Report on the lunatic asylums under the Government of Bombay - 1904-1913
Year: 1904
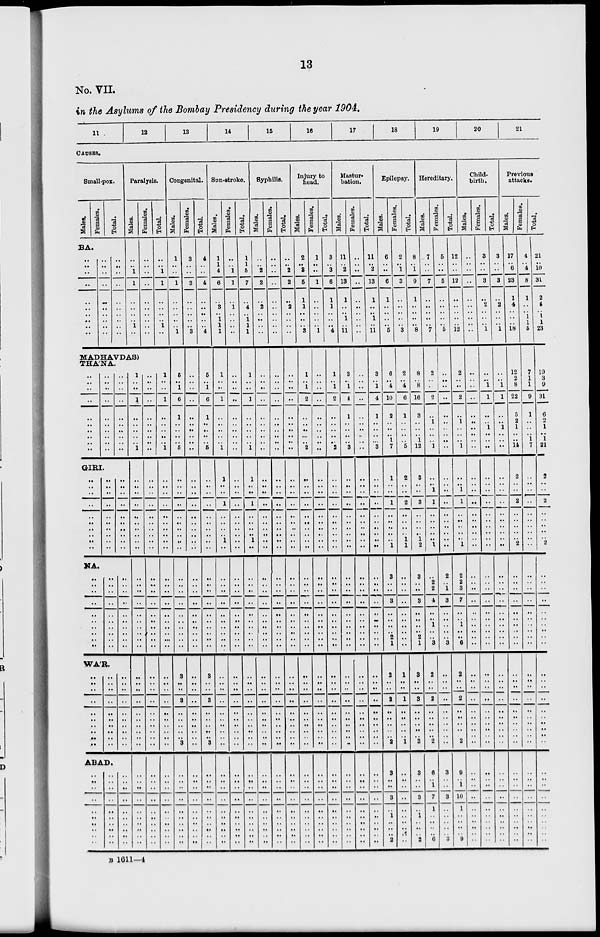
13
No. VII.
in the Asylums of the Bombay Presidency during the year 1904.
11
12
13
14
15
16
17
18
19
20
21
CAUSES.
Small-pox.
Males.
Females.
Total.
BA.
..
..
..
..
..
..
..
..
..
..
..
..
..
..
..
..
..
..
..
..
..
..
..
..
..
..
..
..
..
..
Paralysis.
Males.
..
..
1
1
..
..
..
..
1
..
Females.
..
..
..
..
..
..
..
..
..
..
Total.
..
..
1
1
..
..
..
..
1
..
MADHAVDAS)
THA'NA.
..
..
..
..
..
..
..
..
.. ..
..
..
..
..
..
..
..
..
..
..
..
..
..
..
..
..
..
..
..
..
GIRI.
..
..
..
..
..
..
..
..
..
..
..
..
..
..
..
..
..
..
..
..
..
..
..
..
..
..
..
..
..
..
NA.
..
..
..
..
..
..
..
..
..
..
..
..
..
..
..
..
..
..
..
..
..
..
..
..
..
..
..
..
..
..
WA'R.
..
..
..
..
..
..
..
..
..
...
..
..
..
..
..
..
..
..
..
...
..
..
..
..
..
..
..
..
..
..
ABAD.
..
..
..
..
..
..
..
..
..
..
..
..
..
..
..
..
..
..
..
..
..
..
..
..
..
..
..
..
..
..
1
..
..
1
..
..
..
..
.. 1
..
..
..
..
..
..
..
..
..
..
..
..
..
..
..
..
..
..
..
..
..
..
..
..
..
..
..
..
..
..
..
..
..
..
..
..
..
..
..
..
..
..
..
..
..
..
..
..
..
..
..
..
..
..
. .
..
. .
. .
..
..
..
. .
. .
. .
..
..
. .
..
..
..
. .
..
..
..
..
..
. .
..
..
. .
..
. .
..
..
..
. .
. .
..
..
..
1
..
..
1
..
..
..
..
.. 1
..
..
..
..
..
..
..
..
..
..
..
..
..
..
..
..
..
..
..
..
..
..
..
..
..
..
..
..
..
..
..
..
..
..
..
..
..
..
..
..
Congenital.
Males.
1
..
..
1
..
..
..
..
..
1
5
..
1
6
1
..
..
..
.. 5
..
..
..
..
..
..
..
..
..
..
..
..
..
..
..
..
..
..
..
..
3
..
..
3
..
..
..
..
..
3
..
..
..
..
..
..
..
..
..
..
Females.
3
..
..
3
..
..
..
..
..
3
..
..
..
..
..
..
..
..
.. ..
..
..
..
..
..
..
..
..
..
..
..
..
..
..
..
..
..
..
..
..
. .
..
..
..
..
..
..
..
..
..
..
..
..
..
..
..
..
..
..
..
Total.
4
..
..
4
..
..
..
..
..
4
5
..
1
6
1
..
..
..
.. 5
..
..
..
..
..
..
..
..
..
..
..
..
..
..
..
..
..
..
..
..
3
..
..
3
..
..
..
..
..
3
..
..
..
..
..
..
..
..
..
..
Sun-stroke.
Males.
1
1
4
6
..
3
..
1
1
1
1
..
..
1
..
..
..
..
.. 1
1
..
..
1
..
..
..
.. 1
..
..
..
..
..
..
..
..
..
..
..
..
..
..
..
..
..
..
..
..
..
..
..
..
..
..
..
..
..
..
..
Females.
..
..
1
1
..
1
..
..
..
..
..
..
..
. .
..
..
..
..
.. ..
..
..
..
..
..
..
..
.. ..
..
..
..
..
..
..
..
..
..
..
..
..
..
..
..
..
..
..
..
..
..
..
..
..
..
..
..
..
..
..
..
Total.
1
1
5
7
..
4
..
1
1
1
1
..
..
1
..
..
..
..
.. 1
1
..
..
1
..
..
..
.. 1
..
..
..
..
..
..
..
..
..
..
..
..
..
..
..
..
..
..
..
..
..
..
..
..
..
..
..
..
..
..
..
Syphilis.
Males.
..
..
2
2
..
2
..
..
..
..
..
..
..
..
..
..
..
..
..
..
..
..
..
..
..
..
..
..
..
..
..
..
..
..
..
..
..
..
..
..
..
..
..
..
..
..
..
..
..
..
..
..
..
..
..
..
..
..
..
..
Females.
..
..
..
..
..
..
..
..
..
..
..
..
..
..
..
..
..
..
..
..
..
..
..
..
..
..
..
..
..
..
..
..
..
..
..
..
..
..
..
..
..
..
..
..
..
..
..
..
..
..
..
..
..
..
..
..
..
..
..
..
Total.
..
..
2
2
..
2
..
..
..
..
..
..
..
..
..
..
..
..
..
..
..
..
..
..
..
..
..
..
..
..
..
..
..
..
..
..
..
..
..
..
..
..
..
..
..
..
..
..
..
..
..
..
..
..
..
..
..
..
..
..
Injury to
head.
Males.
2
..
3
5
1
1
..
..
..
3
1
..
1
2
..
..
..
..
.. 2
..
..
..
..
..
..
..
..
..
..
..
..
..
..
..
..
..
..
..
..
..
..
..
..
..
..
..
..
..
..
..
..
..
..
..
..
..
..
..
..
Females.
1
..
. .
1
..
..
..
..
..
1
..
..
..
..
..
..
..
..
.. ..
..
..
..
..
..
..
..
..
..
..
..
..
..
..
..
..
..
..
..
..
..
..
..
..
..
..
..
..
..
..
..
..
..
..
..
..
..
..
..
..
Total.
3
..
3
6
1
1
..
..
..
4
1
..
1
2
..
..
..
..
..
2
..
..
..
..
..
..
..
..
..
..
..
..
..
..
..
..
..
..
..
..
..
..
..
..
..
..
..
..
..
..
..
..
..
..
..
..
..
..
..
..
Mastur-
bation.
Males.
11
..
2
13
1
..
..
..
..
11
3
..
1
4
1
..
..
..
..
3
..
..
..
..
..
..
..
..
..
..
..
..
..
..
..
..
..
..
..
..
..
..
..
..
..
..
..
..
..
..
..
..
..
..
..
..
..
..
..
..
Females.
..
..
..
..
..
..
..
..
..
..
..
..
..
..
..
..
..
..
..
..
..
..
..
..
..
..
..
..
..
..
..
..
..
..
..
..
..
..
..
..
..
..
..
..
..
..
..
..
..
..
..
..
..
..
..
..
..
..
..
..
Total.
11
..
2
13
1
..
..
..
..
11
3
..
1
4
1
..
..
..
..
3
..
..
..
..
..
..
..
..
..
..
..
..
..
..
..
..
..
..
..
..
..
..
..
..
..
..
..
..
..
..
..
..
..
..
..
..
..
..
..
..
Epilepsy.
Males.
6
..
..
6
1
..
..
..
..
5
6
..
4
10
2
..
..
..
..
7
1
..
..
1
..
..
..
..
..
1
3
..
..
3
..
..
..
..
2
1
2
..
..
2
..
..
..
..
..
2
3
..
..
3
..
1
..
..
.. 2
Females.
2
..
1
3
..
..
..
..
..
3
2
..
4
6
1
..
..
..
1
5
2
..
..
2
..
..
..
..
1
1
..
..
..
..
..
..
..
..
..
..
1
..
..
1
..
..
..
..
..
1
..
..
..
..
..
..
..
..
..
..
Total.
8
..
1
9
1
..
..
..
..
8
8
..
8
16
3
..
..
..
..
12
3
..
..
3
..
..
..
.. 1
2
3
..
..
3
..
..
..
..
2
1
3
..
..
3
..
..
..
..
..
3
3
..
..
3
..
1
..
..
..
2
Hereditary.
Males.
7
..
..
7
..
..
..
..
7
2
..
..
2
..
1
..
..
1
1
..
..
1
1
..
..
..
..
..
1
..
2
2
4
..
..
1
..
..
3
2
..
..
2
..
..
..
..
..
2
6
..
1
7
1
..
..
..
..
6
Females.
5
..
..
5
..
..
..
..
..
5
..
..
..
..
..
..
..
..
..
..
..
..
..
..
..
..
..
..
..
..
2
..
1
3
..
..
..
..
..
3
..
..
..
..
..
..
..
..
..
..
3
..
..
3
..
..
..
..
..
3
Total.
12
..
..
12
..
..
..
..
..
12
2
..
..
2
..
1
..
..
..
1
..
..
1
1
..
..
..
..
..
1
2
2
3
7
..
..
1
..
..
6
2
..
..
2
..
..
..
..
..
2
9
..
1
10
1
..
..
..
..
9
Child-
birth.
Males.
..
..
..
..
..
..
..
..
..
..
..
..
..
..
..
..
..
..
..
..
..
..
..
..
..
..
..
..
..
..
..
..
..
..
..
..
..
..
..
..
..
..
..
..
..
..
..
..
..
..
..
..
..
..
..
..
..
..
..
..
..
Females.
3
..
..
3
..
2
..
..
..
1
..
..
1
1
..
..
..
..
..
..
..
..
..
..
..
..
..
..
..
..
..
..
..
..
..
..
..
..
..
..
..
..
..
..
..
..
..
..
..
..
..
..
..
..
..
..
..
..
..
..
..
..
Total.
3
..
..
3
..
2
..
..
..
1
..
..
1
1
..
..
1
..
..
..
..
..
..
..
..
..
..
..
..
..
..
..
....
..
..
..
..
..
..
..
..
..
..
..
..
..
..
..
..
..
..
..
..
..
..
..
..
..
..
..
..
..
Previous
attacks.
Males.
17
..
6
23
1
4
..
..
..
18
12
2
8
22
5
2
1
..
..
14
2
..
..
2
..
..
..
..
..
2
..
..
..
..
..
..
..
..
..
..
..
..
..
..
..
..
..
..
..
..
..
..
..
..
..
..
..
..
..
..
..
..
Females.
4
..
4
8
1
..
..
1
1
5
7
1
1
2
1
..
..
..
1
7
..
..
..
..
..
..
..
..
..
..
..
..
..
..
..
..
..
..
..
..
..
..
..
..
..
..
..
..
..
..
..
..
..
..
..
..
..
..
..
..
..
..
Total.
21
..
10
31
2
4
..
1
1
23
19
3
9
31
6
2
1
..
1
21
2
..
..
2
..
..
..
.. ..
2
..
..
..
..
..
..
..
..
..
..
..
..
.. ..
..
..
..
..
..
. .
..
..
..
..
..
..
..
..
..
..
..
..
B 1611–– 4